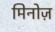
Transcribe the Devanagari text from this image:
मिनोज़